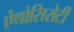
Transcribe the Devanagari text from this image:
ऐंथोसिरोटी